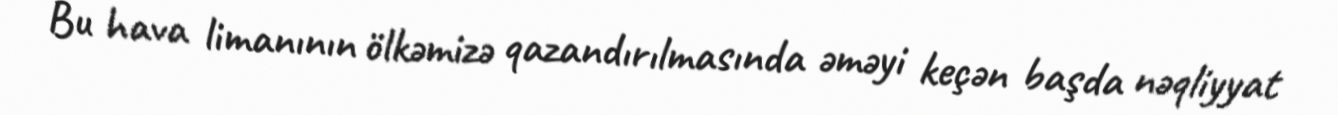
Bu hava limanının ölkəmizə qazandırılmasında əməyi keçən başda nəqliyyat